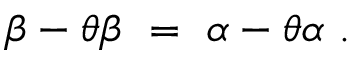
\beta - \theta \beta ~ = ~ \alpha - \theta \alpha ~ .